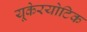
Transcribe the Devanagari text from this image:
यूकेरयोटिक